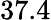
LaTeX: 37.4